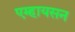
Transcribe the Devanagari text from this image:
एम्हायसन